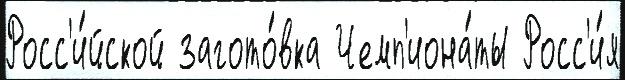
Росс'и́йской загото́вка Чемп'иона́ты Росс'и́я